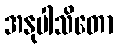
အနုပါသိတော